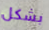
بشكل